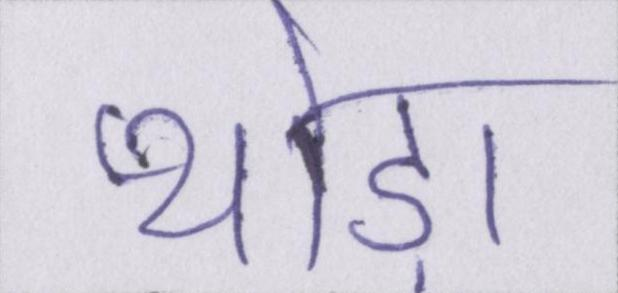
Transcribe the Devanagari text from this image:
थोड़ा